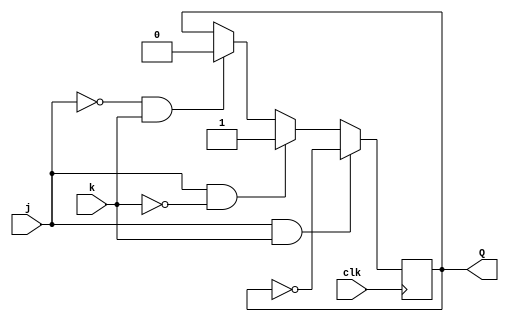
module top_module (
    input clk,
    input j,
    input k,
    output Q);
    
    always @(posedge clk) begin
        if(~j&k)
            Q <= 0;
        if(j&~k)
            Q <= 1;
        if(j&k)
            Q <= ~Q;
    end

endmodule